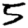
Digit: 5